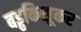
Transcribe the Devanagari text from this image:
बड्ढकिसूकर